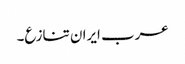
عرب ایران تنازع۔